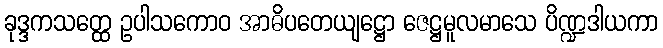
ခုဒ္ဒကသတ္ထေ ဥပါသကောဝ အာဓိပတေယျဋ္ဌော ဇေဋ္ဌမူလမာသေ ပိဏ္ဍဒါယကာ